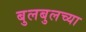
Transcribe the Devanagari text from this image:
बुलबुलच्या